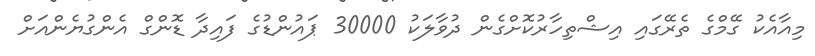
މިއާއެކު ގޭމްގެ ތެރޭގައި އިޝްތިހާރުކޮށްގެން ދުވާލަކު 30000 ޕައުންޑުގެ ފައިދާ ޑޮންގް އެންގުޔެންއަށް